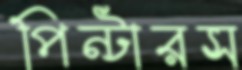
পিন্টারস